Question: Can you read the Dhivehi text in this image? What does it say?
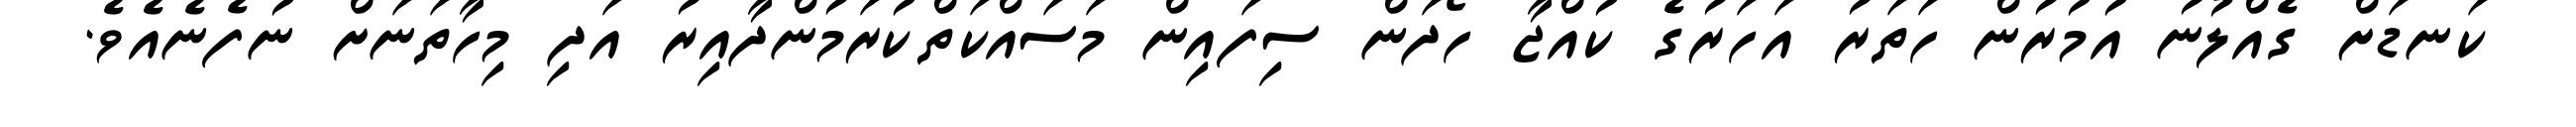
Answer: ކަނޑަށް ގެއްލުނު އުމުރުން ހަތަރު އަހަރުގެ ކުއްޖާ ހޯދަން ސިފައިން މަސައްކަތްކުރަމުންދާއިރު އަދި މިހާތަނަށް ނުފެނެއެވެ.